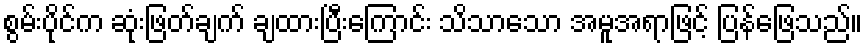
စွမ်းပိုင်က ဆုံးဖြတ်ချက် ချထားပြီးကြောင်း သိသာသော အမူအရာဖြင့် ပြန်ဖြေသည်။